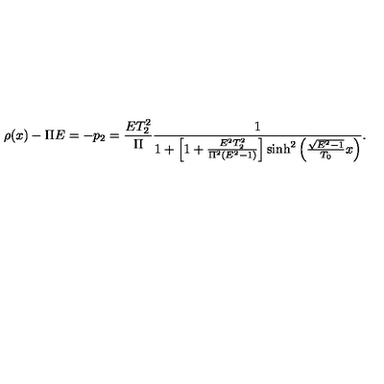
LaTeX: \rho ( x ) - \Pi E = - p _ { 2 } = \frac { E T _ { 2 } ^ { 2 } } { \Pi } \frac { 1 } { 1 + \left[ 1 + \frac { E ^ { 2 } T _ { 2 } ^ { 2 } } { \Pi ^ { 2 } ( E ^ { 2 } - 1 ) } \right] \mathrm { s i n h } ^ { 2 } \left( \frac { \sqrt { E ^ { 2 } - 1 } } { T _ { 0 } } x \right) } .